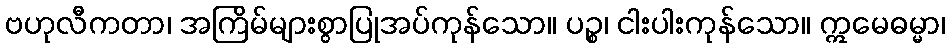
ဗဟုလီကတာ၊ အကြိမ်များစွာပြုအပ်ကုန်သော။ ပဉ္စ၊ ငါးပါးကုန်သော။ ဣမေဓမ္မာ၊